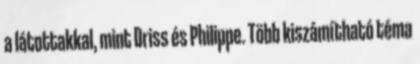
a látottakkal, mint Driss és Philippe. Több kiszámítható téma